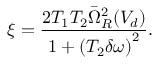
\xi = \frac { 2 T _ { 1 } T _ { 2 } \bar { \Omega } _ { R } ^ { 2 } ( V _ { d } ) } { 1 + \left( T _ { 2 } \delta \omega \right) ^ { 2 } } .